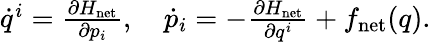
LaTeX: \begin{array}{r}{\begin{array}{r}{\dot{q}^{i}=\frac{\partial H_{\mathrm{net}}}{\partial p_{i}},\quad\dot{p}_{i}=-\frac{\partial H_{\mathrm{net}}}{\partial q^{i}}+f_{\mathrm{net}}(q).}\end{array}}\end{array}